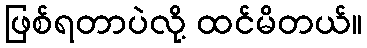
ဖြစ်ရတာပဲလို့ ထင်မိတယ်။